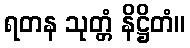
ရတန သုတ္တံ နိဋ္ဌိတံ။